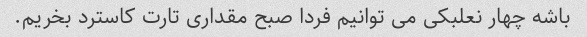
باشه چهار نعلبکی می توانیم فردا صبح مقداری تارت کاسترد بخریم.